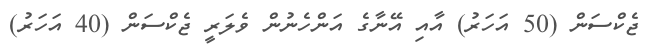
ޖެކްސަން (50 އަހަރު) އާއި އޭނާގެ އަންހެނުން ވެލަރީ ޖެކްސަން (40 އަހަރު)